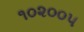
૧૦૨૦૦૫